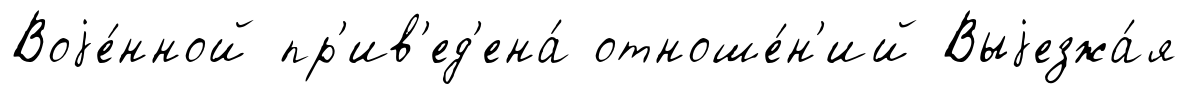
Воjе́нной пр'ив'ед'ена́ отноше́н'ий Выjезжа́я